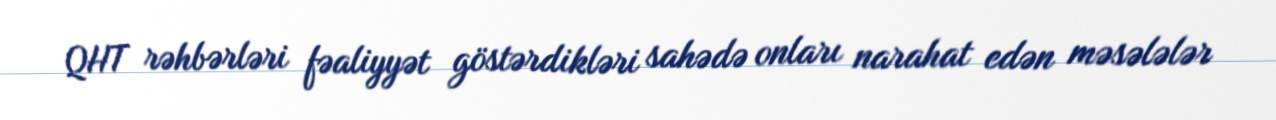
QHT rəhbərləri fəaliyyət göstərdikləri sahədə onları narahat edən məsələlər